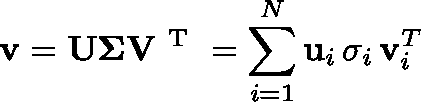
\mathbf { v } = \mathbf { U \Sigma V ^ { \mathrm { ~ T ~ } } } = \sum _ { i = 1 } ^ { N } \mathbf { u } _ { i } \, \sigma _ { i } \, \mathbf { v } _ { i } ^ { T }